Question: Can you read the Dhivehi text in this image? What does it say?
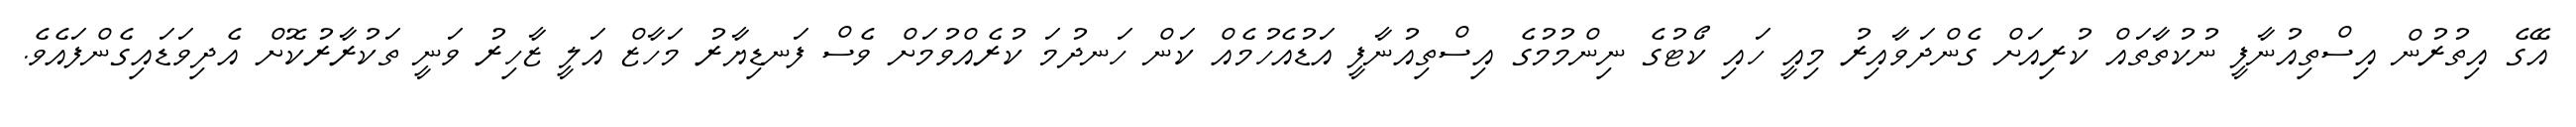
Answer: އޭގެ އިތުރުން އިސްތިއުނާފީ ނުކުތާތައް ކުރިއަށް ގެންދަވާއިރު މިއީ ހައި ކޯޓުގެ ނިންމުމުގެ އިސްތިއުނާފީ އަޑުއެހުމެއް ކަން ހަނދުމަ ކުރެއްވުމަށް ވެސް ފަނޑިޔާރު މަހާޒް އަލީ ޒާހިރު ވަނީ ތަކުރާރުކޮށް އެދިވަޑައިގެންފައެވެ.